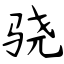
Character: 骁